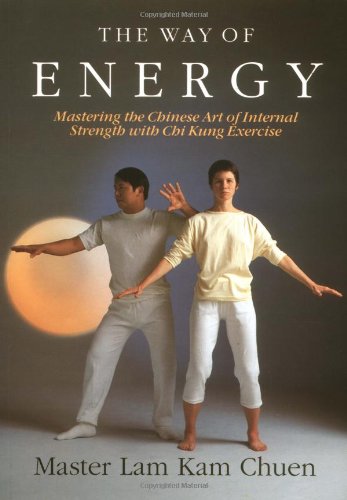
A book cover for The Way of Energy:  Mastering the Chinese Art of Internal Strength with Chi Kung Exercise (A Gaia Original); Master Lam Kam-Chuen; Health, Fitness & Dieting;